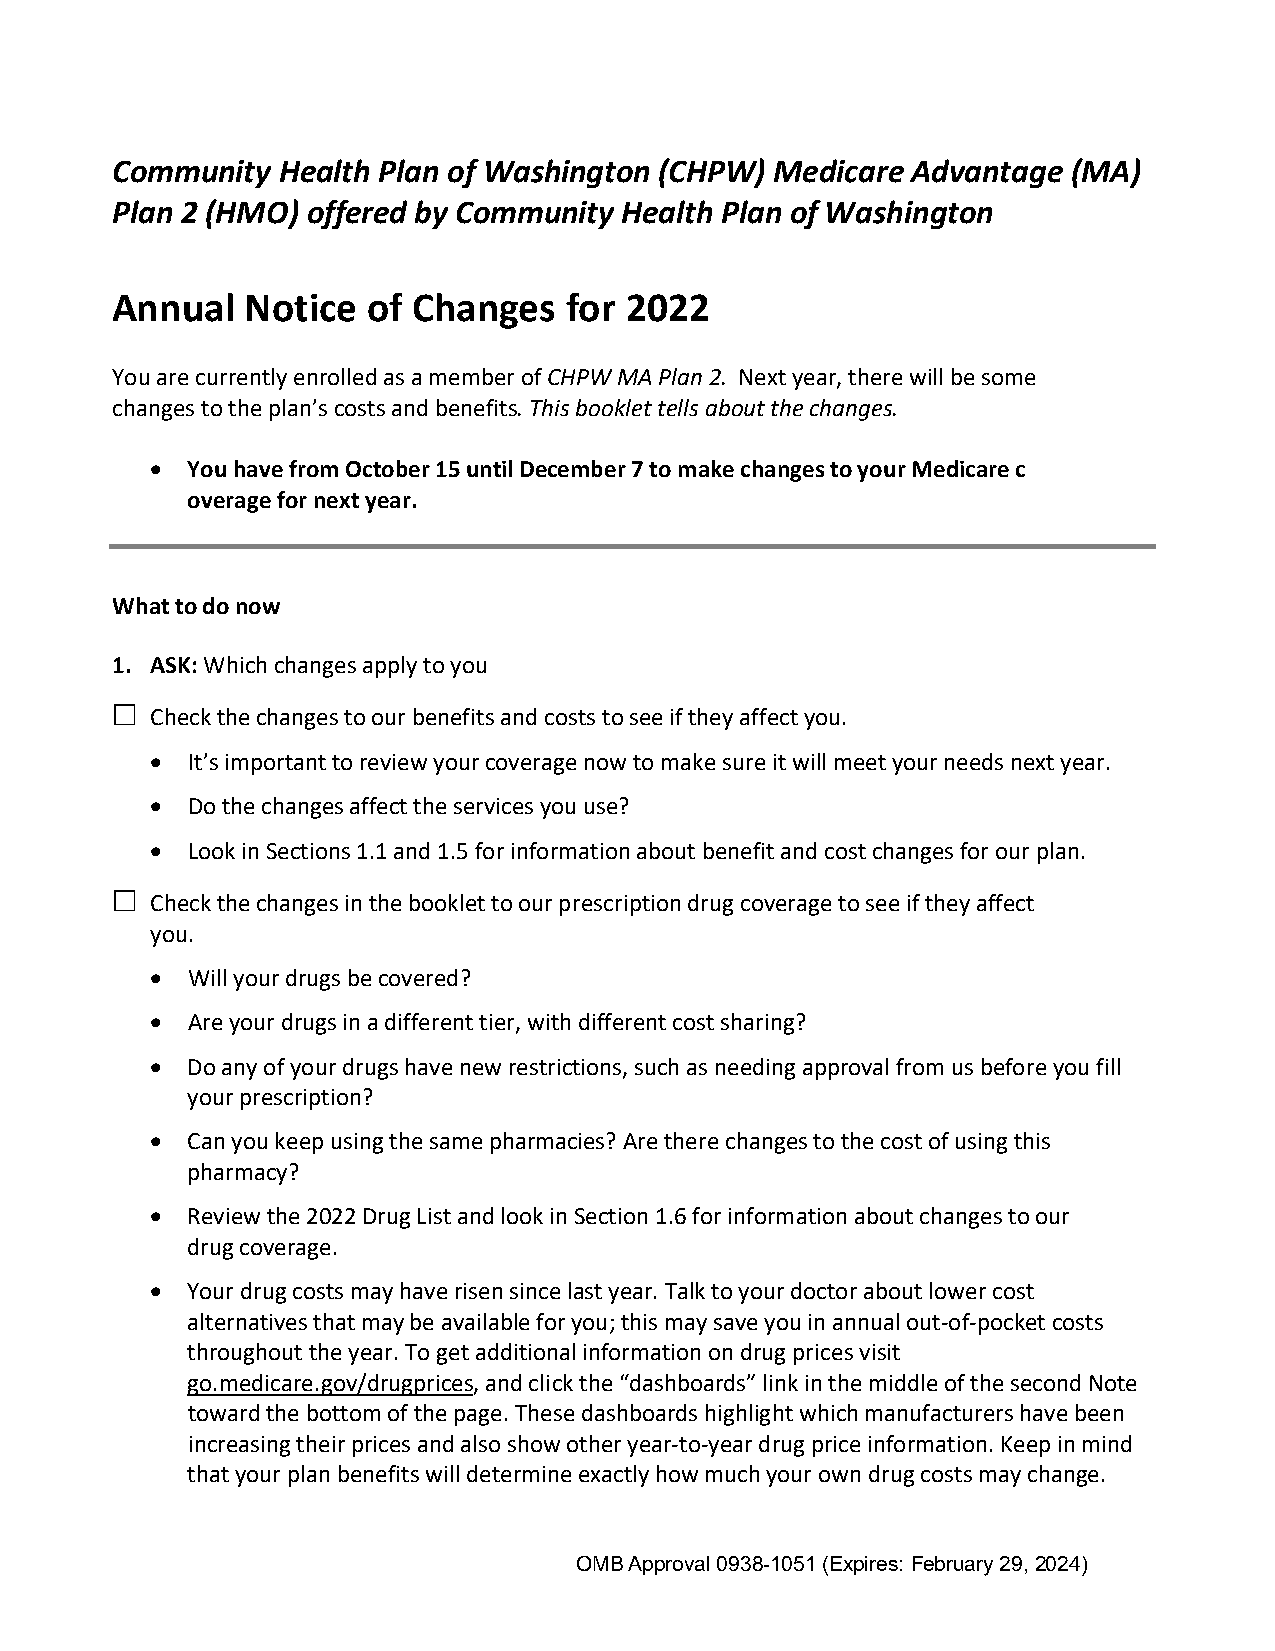
Community   Health Plan of Washington (CHPW) Medicare Advantage (MA)
 Plan 2 (HMO) offered by Community Health Plan of Washington
 Annual   Notice  of Changes   for 2022
 You are currently enrolled as a member of CHPW MA Plan 2. Next year, there will be some
 changes to the plan’s costs and benefits. This booklet tells about the changes.
 • You have from October 15 until December 7 to make changes to your Medicare c
 overage for next year.
 What to do now
 1. ASK: Which changes apply to you
   Check the changes to our benefits and costs to see if they affect you.
 • It’s important to review your coverage now to make sure it will meet your needs next year.
 • Do the changes affect the services you use?
 • Look in Sections 1.1 and 1.5 for information about benefit and cost changes for our plan.
   Check the changes in the booklet to our prescription drug coverage to see if they affect
 you.
 • Will your drugs be covered?
 • Are your drugs in a different tier, with different cost sharing?
 • Do any of your drugs have new restrictions, such as needing approval from us before you fill
 your prescription?
 • Can you keep using the same pharmacies? Are there changes to the cost of using this
 pharmacy?
 • Review the 2022 Drug List and look in Section 1.6 for information about changes to our
 drug coverage.
 • Your drug costs may have risen since last year. Talk to your doctor about lower cost
 alternatives that may be available for you; this may save you in annual out-of-pocket costs
 throughout the year. To get additional information on drug prices visit
 go.medicare.gov/drugprices, and click the “dashboards” link in the middle of the second Note
 toward the bottom of the page. These dashboards highlight which manufacturers have been
 increasing their prices and also show other year-to-year drug price information. Keep in mind
 that your plan benefits will determine exactly how much your own drug costs may change.
 OMB Approval 0938-1051 (Expires: February 29, 2024)